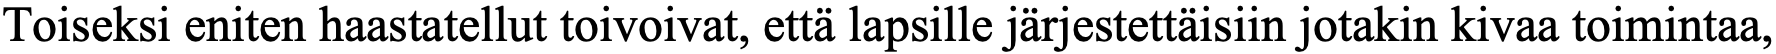
Toiseksi eniten haastatellut toivoivat, että lapsille järjestettäisiin jotakin kivaa toimintaa,